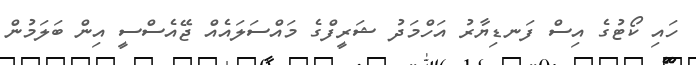
ހައި ކޯޓުގެ އިސް ފަނޑިޔާރު އަހްމަދު ޝަރީފްގެ މައްސަލައެއް ޖޭއެސްސީ އިން ބަލަމުން